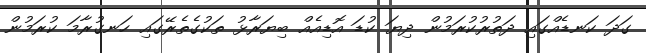
ގަދަ ކަނޑެއްގައި ދަތުރުކުރަމުން ދިޔަ ކުޑަ އޮޑިއެއް ބިޔަރާޅު ތަކުގެތެރޭގައި ހަނގުރާމަ ކުރަމުން